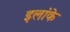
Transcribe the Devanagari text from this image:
इलांके